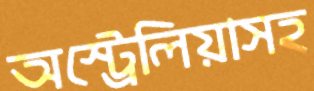
অস্ট্রেলিয়াসহ